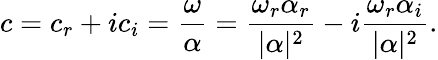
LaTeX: c=c_{r}+ic_{i}=\frac{\omega}{\alpha}=\frac{\omega_{r}\alpha_{r}}{|\alpha|^{2}}-i\frac{\omega_{r}\alpha_{i}}{|\alpha|^{2}}.